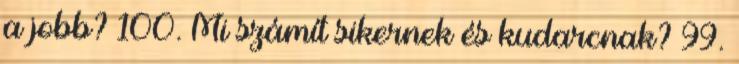
a jobb? 100. Mi számít sikernek és kudarcnak? 99.